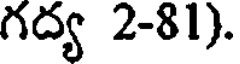
గద్య 2-81).